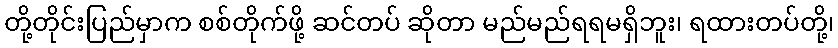
တို့တိုင်းပြည်မှာက စစ်တိုက်ဖို့ ဆင်တပ် ဆိုတာ မည်မည်ရရမရှိဘူး၊ ရထားတပ်တို့၊